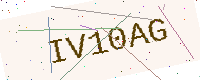
Text: IV10AG